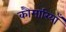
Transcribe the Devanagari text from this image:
कौमारियाँ